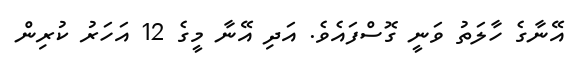
އޭނާގެ ހާލަތު ވަނީ ގޮސްފައެވެ. އަދި އޭނާ މީގެ 12 އަހަރު ކުރިން